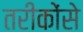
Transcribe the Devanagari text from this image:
तरीकोंसे